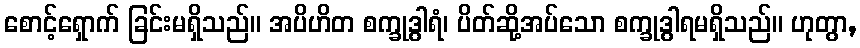
စောင့်ရှောက် ခြင်းမရှိသည်။ အပိဟိတ စက္ခုဒွါရံ၊ ပိတ်ဆို့အပ်သော စက္ခုဒွါရမရှိသည်။ ဟုတွာ,